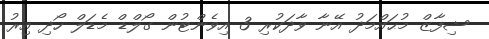
ޝިފާޒް މުޙައްމަދު އޭނާ ވާދަކުރި 3 އިވެންޓުން ގޯލްޑް މެޑަލް ހޯދި އިރު